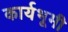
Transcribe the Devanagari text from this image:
कार्यभूमी